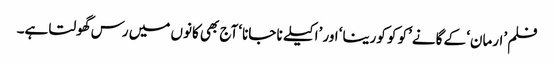
فلم ’ارمان‘ کے گانے ’کو کو کورینا‘ اور ’اکیلے نا جانا‘ آج بھی کانوں میں رس گھولتا ہے۔